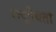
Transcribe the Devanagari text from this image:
राष्‍ट्रीयता